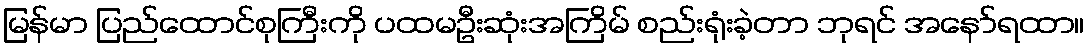
မြန်မာ ပြည်ထောင်စုကြီးကို ပထမဦးဆုံးအကြိမ် စည်းရုံးခဲ့တာ ဘုရင် အနော်ရထာ။